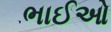
ભાઈઓ